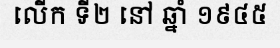
លើក ទី២ នៅ ឆ្នាំ ១៩៤៥